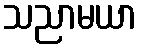
သညာမယာ